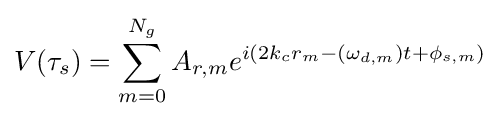
V(\tau _{s})=\sum _{m=0}^{N_{g}}A_{r,m}e^{i(2k_{c}r_{m}-(\omega _{d,m})t+\phi _{s,m})}